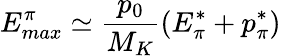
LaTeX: E_{max}^{\pi}\simeq\frac{p_{0}}{M_{K}}(E_{\pi}^{*}+p_{\pi}^{*})